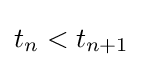
t_{n}<t_{n+1}